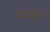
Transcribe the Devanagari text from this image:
येथीन